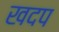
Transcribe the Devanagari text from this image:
खदप